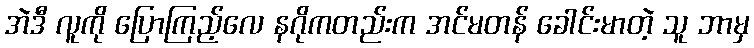
အဲဒီ လူကို ပြောကြည့်လေ နဂိုကတည်းက အင်မတန် ခေါင်းမာတဲ့ သူ ဘာမှ